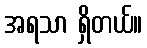
အရသာ ရှိတယ်။